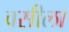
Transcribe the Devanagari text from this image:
वसीला